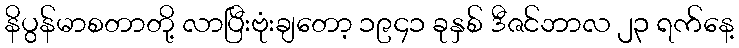
နိပွန်မာစတာတို့ လာပြီးဗုံးချတော့ ၁၉၄၁ ခုနှစ် ဒီဇင်ဘာလ ၂၃ ရက်နေ့